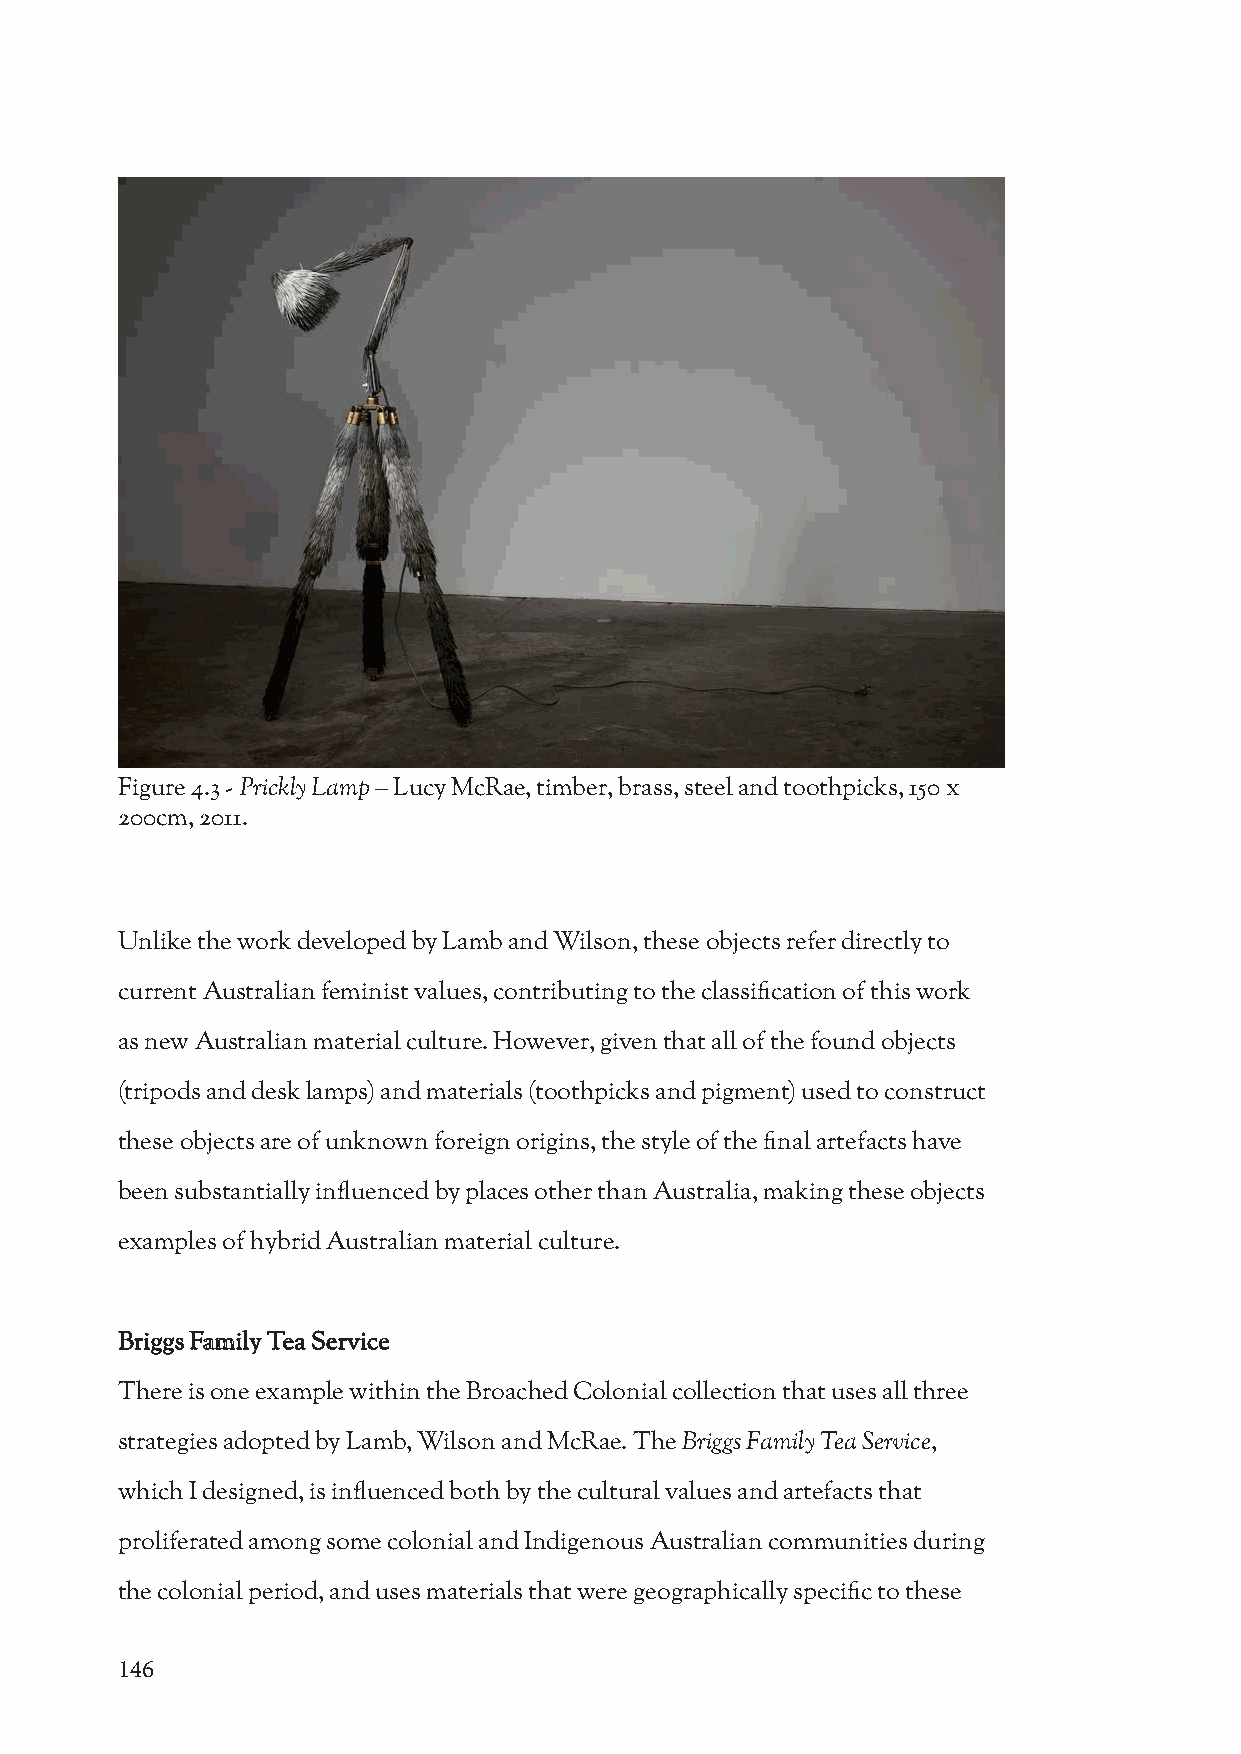
Figure 4.3 - Prickly Lamp – Lucy McRae, timber, brass, steel and toothpicks, 150 x
 200cm, 2011.
 Unlike the work developed by Lamb and Wilson, these objects refer directly to
 current Australian feminist values, contributing to the classification of this work
 as new Australian material culture. However, given that all of the found objects
 (tripods and desk lamps) and materials (toothpicks and pigment) used to construct
 these objects are of unknown foreign origins, the style of the final artefacts have
 been substantially influenced by places other than Australia, making these objects
 examples of hybrid Australian material culture.
 Briggs Family Tea Service
 There is one example within the Broached Colonial collection that uses all three
 strategies adopted by Lamb, Wilson and McRae. The Briggs Family Tea Service,
 which I designed, is influenced both by the cultural values and artefacts that
 proliferated among some colonial and Indigenous Australian communities during
 the colonial period, and uses materials that were geographically specific to these
 146